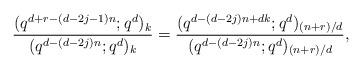
LaTeX: \begin{align*}\frac{(q^{d+r-(d-2j-1)n};q^d)_k}{(q^{d-(d-2j)n};q^d)_k}&=\frac{(q^{d-(d-2j)n+dk};q^d)_{(n+r)/d}}{(q^{d-(d-2j)n};q^d)_{(n+r)/d}},\end{align*}